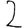
Digit: 2